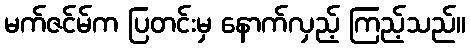
မက်ဇင်မ်က ပြတင်းမှ နောက်လှည့် ကြည့်သည်။